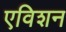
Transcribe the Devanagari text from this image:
एविशन